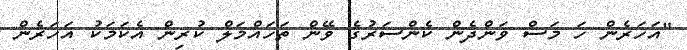
"އަހަރެން ހަ މަސް ވަންދެން ކެންސަރުގެ ވޭން ތަހައްމަލް ކުރިން އެކަމަކު އަހަރެން